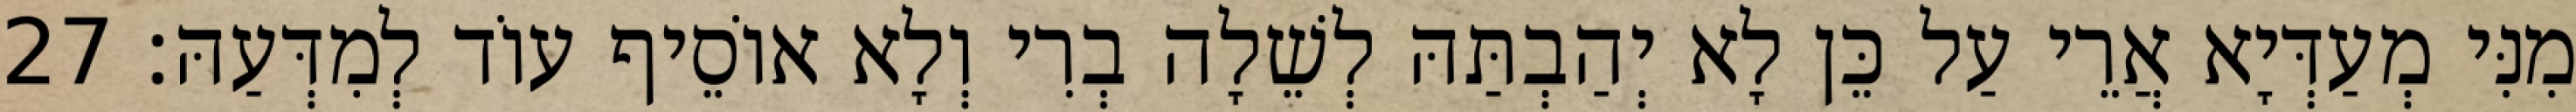
מִנִּי מְעַדְּיָא אֲרֵי עַל כֵּן לָא יְהַבְתַּהּ לְשֵׁלָה בְרִי וְלָא אוֹסֵיף עוֹד לְמִדְּעַהּ׃ 27